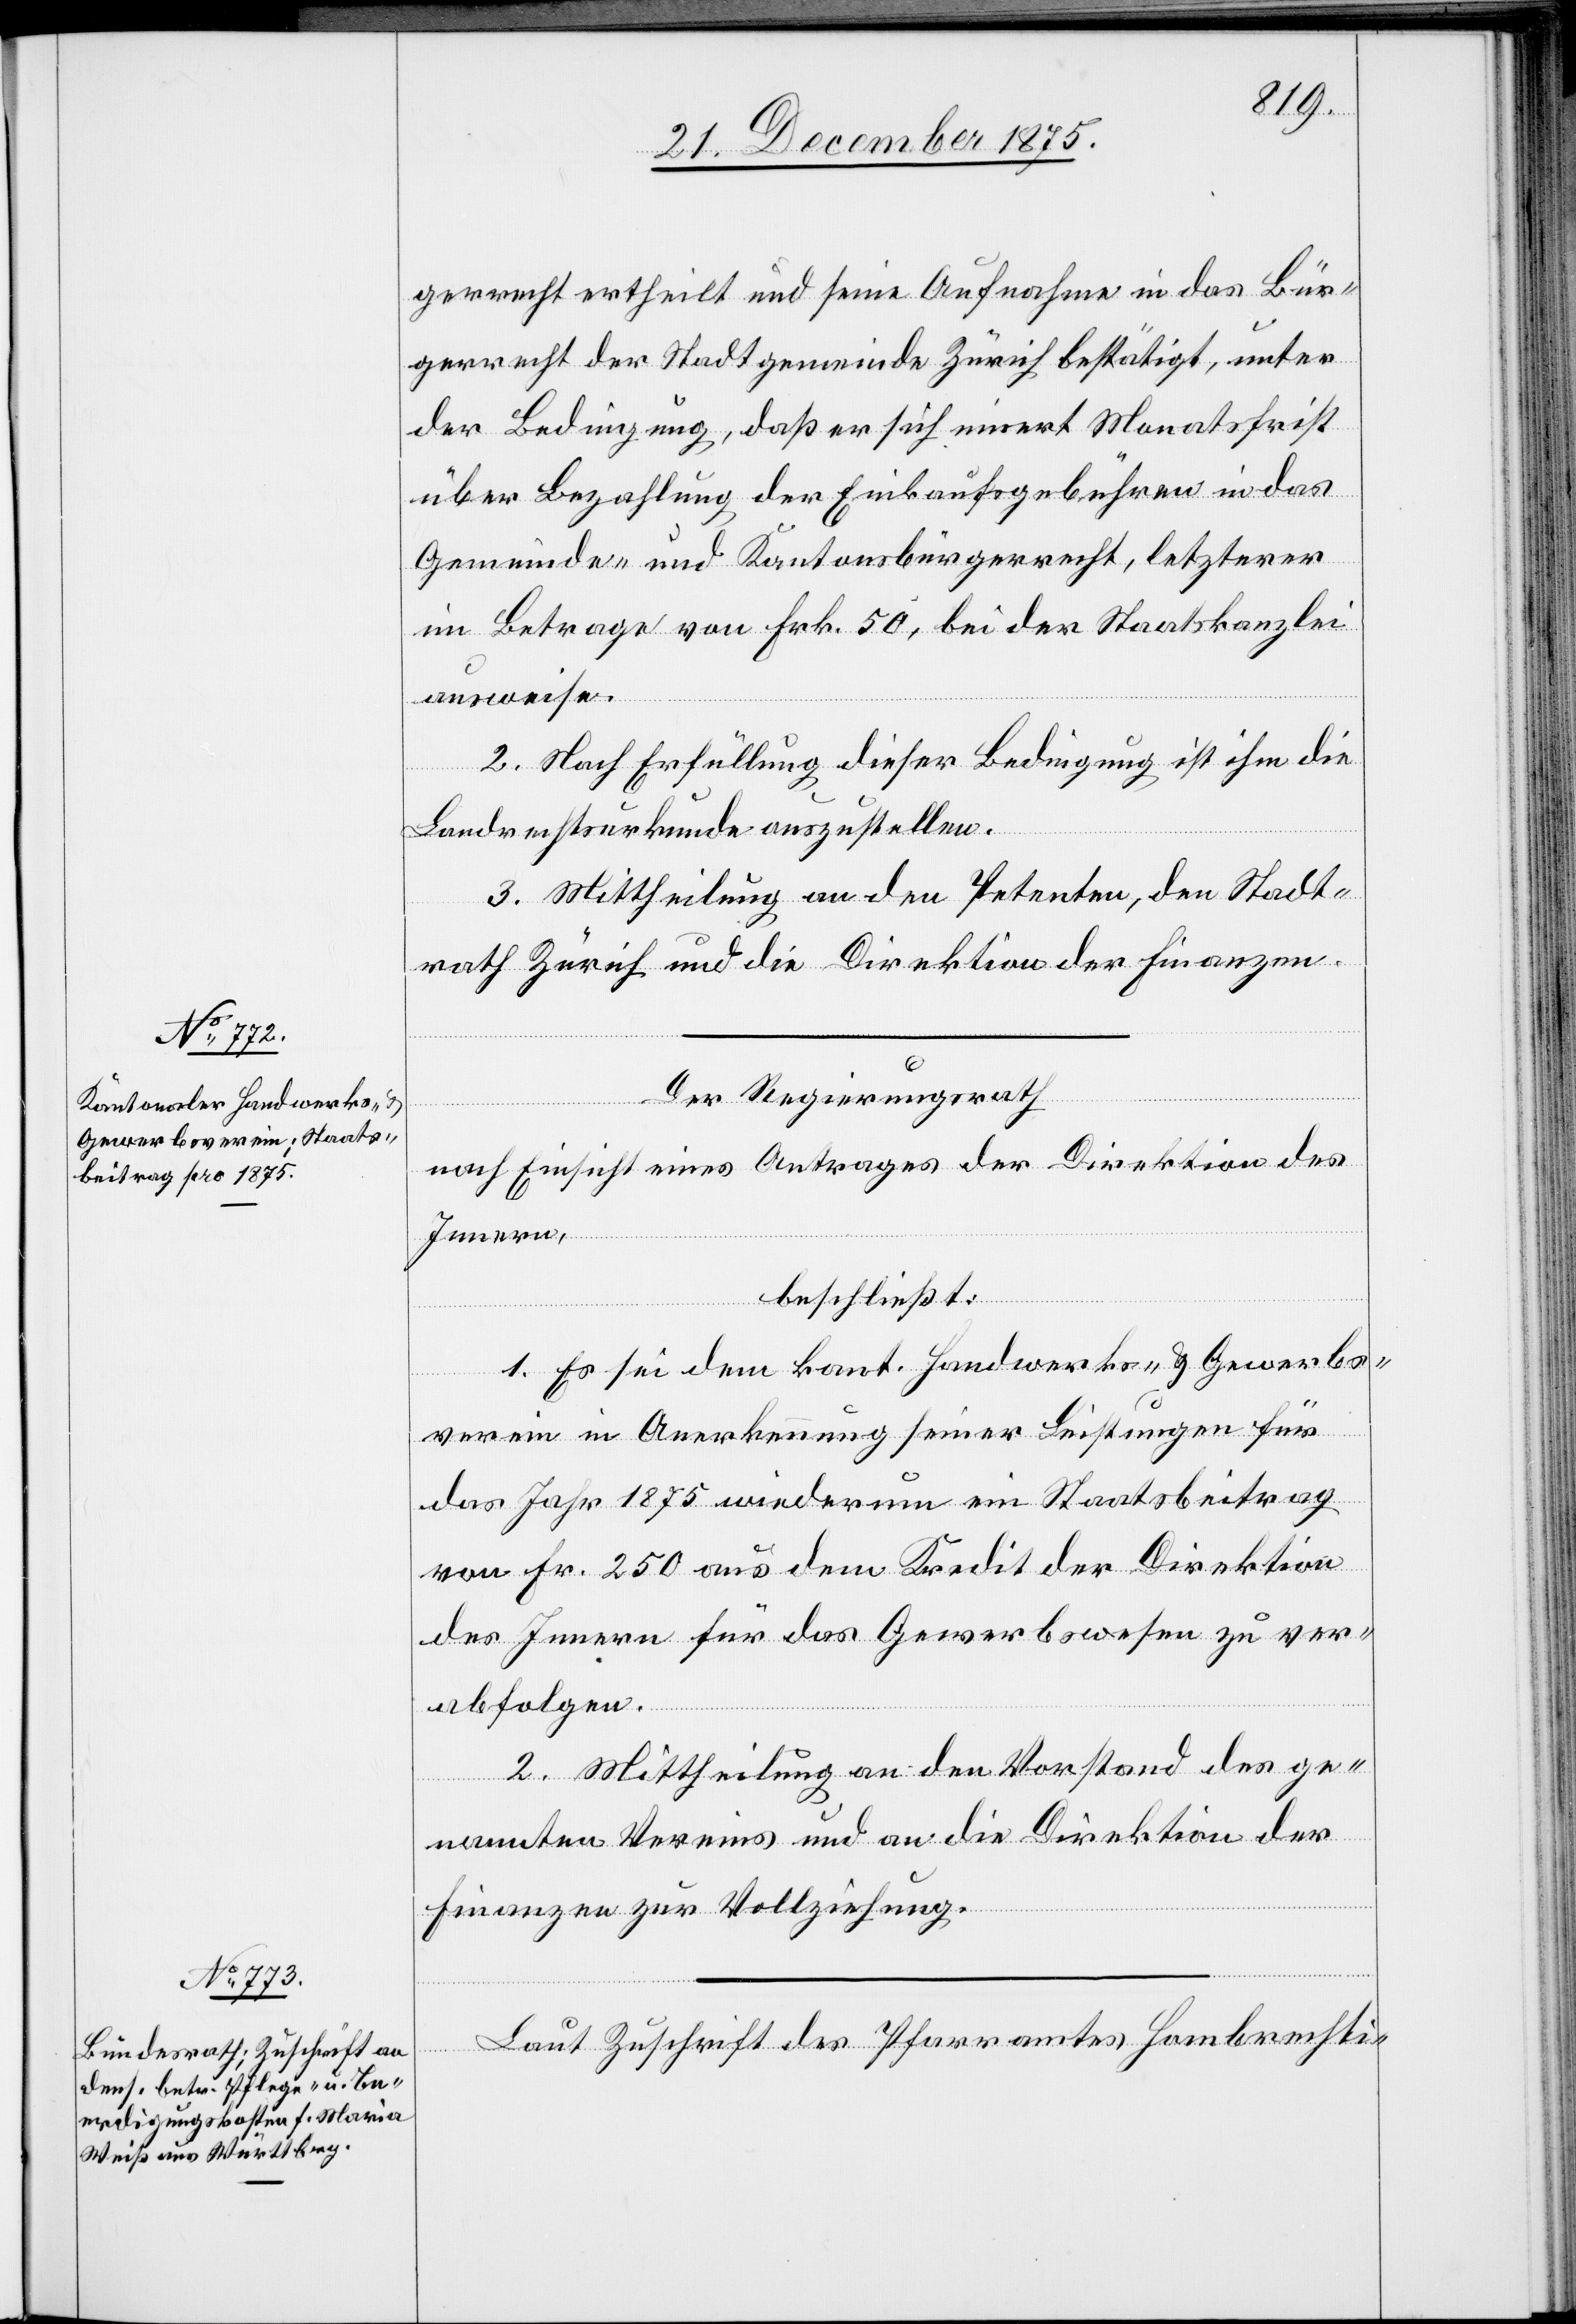
gerrecht ertheilt und seine Aufnahme in das Bür¬
gerrecht der Stadtgemeinde Zürich bestätigt, unter
der Bedingung, daß er sich innert Monatsfrist
über Bezahlung der Einkaufsgebühren in das
Gemeinde- und Kantonsbürgerrecht, letzterer
im Betrage von Frk. 50, bei der Staatskanzlei
ausweise.
2. Nach Erfüllung dieser Bedingung ist ihm die
Landrechtsurkunde auszustellen.
3. Mittheilung an den Petenten, den Stadt¬
rath Zürich und die Direktion der Finanzen.
Der Regierungsrath
nach Einsicht eines Antrages der Direktion des
Innern,
beschließt:
1. Es sei dem kant. Handwerks- und Gewerbs¬
verein in Anerkennung seiner Leistungen für
das Jahr 1875 wiederum ein Staatsbeitrag
von Fr. 250 aus dem Kredit der Direktion
des Innern für das Gewerbswesen zu ver¬
abfolgen.
2. Mittheilung an den Vorstand des ge¬
nannten Vereins und an die Direktion der
Finanzen zur Vollziehung.
Laut Zuschrift des Pfarramtes Hombrechti-